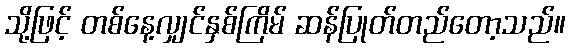
သို့ဖြင့် တစ်နေ့လျှင်နှစ်ကြိမ် ဆန်ပြုတ်တည်တော့သည်။